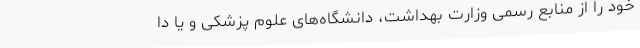
خود را از منابع رسمی وزارت بهداشت، دانشگاه‌های علوم پزشکی و یا دا